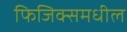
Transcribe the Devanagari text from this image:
फिजिक्समधील